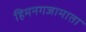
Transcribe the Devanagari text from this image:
हिमनगजामाता